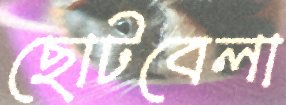
ছোটবেলা